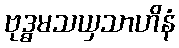
ဗုဒ္ဓမသယှသာဟိနံ